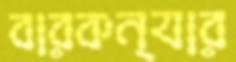
বারকন্যার